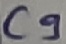
Text: C9